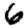
Digit: 6